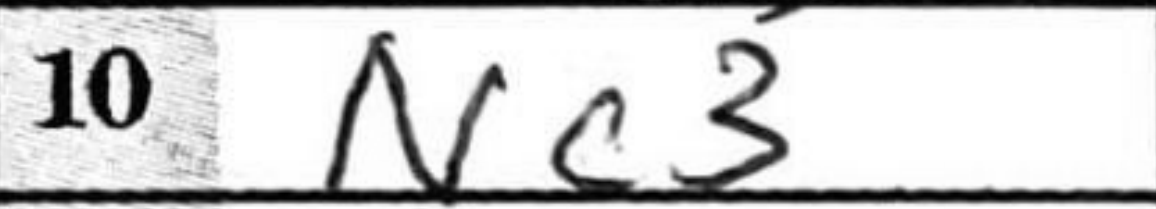
Transcription: Nc3